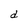
Character: d